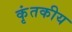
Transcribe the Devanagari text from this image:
कृंतकीय